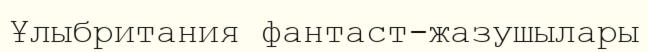
Ұлыбритания фантаст-жазушылары